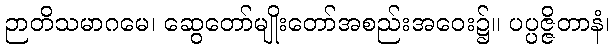
ဉာတိသမာဂမေ၊ ဆွေတော်မျိုးတော်အစည်းအဝေး၌။ ပပ္ပဇ္ဇိတာနံ၊